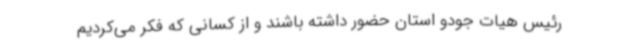
رئیس هیات جودو استان حضور داشته باشند و از کسانی که فکر می‌کردیم